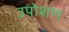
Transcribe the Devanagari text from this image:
उपोशण